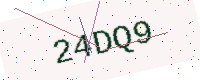
Text: 24DQ9